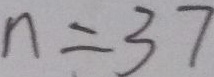
n = 3 7